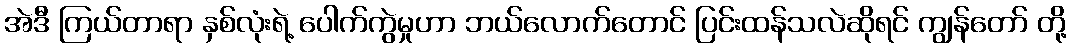
အဲဒီ ကြယ်တာရာ နှစ်လုံးရဲ့ ပေါက်ကွဲမှုဟာ ဘယ်လောက်တောင် ပြင်းထန်သလဲဆိုရင် ကျွန်တော် တို့